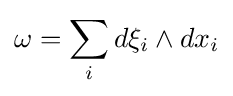
\omega =\sum _{i}d\xi _{i}\wedge dx_{i}